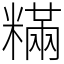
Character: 䊟